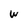
Character: W